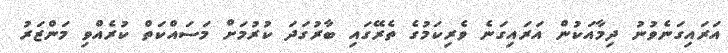
އަރައިގަނެވުނު ދިމާއަކުން އަރައިގަނެ ވެރިކަމުގެ ތެރޭގައި ބާރުގަދަ ކުރުމަށް މަސައްކަތް ކުރެއްވި މަންޒަރު